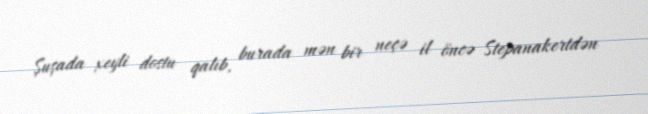
Şuşada xeyli dostu qalıb, burada mən bir neçə il öncə Stepanakertdən